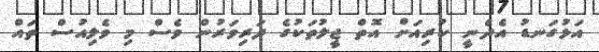
އަޅުގަނޑު އެދެނީ ކުރިއަށް އޮތް ޖީލުތަކުގެ ދަރިވަރުން ވެސް މި ވެލިއުސް ތައް